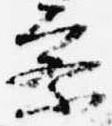
察